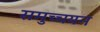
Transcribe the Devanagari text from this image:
समुच्चयन